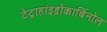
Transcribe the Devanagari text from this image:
टेट्राहांइड्रोकार्बिनोल